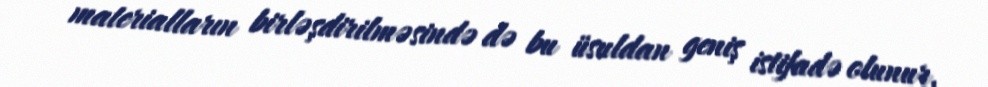
materialların birləşdirilməsində də bu üsuldan geniş istifadə olunur.